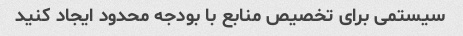
سیستمی برای تخصیص منابع با بودجه محدود ایجاد کنید